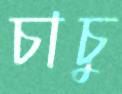
চাচু